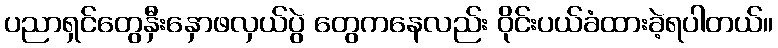
ပညာရှင်တွေနှီးနှောဖလှယ်ပွဲ တွေကနေလည်း ဝိုင်းပယ်ခံထားခဲ့ရပါတယ်။